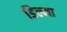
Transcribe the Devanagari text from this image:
डिल्मा